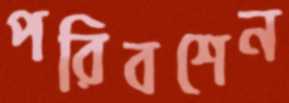
পরিবশেন